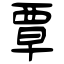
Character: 覃